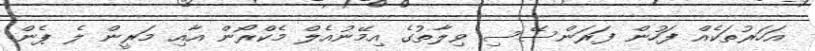
އަހަރުތަކެއް ފަހުން ފަރަންސޭސި ވިލާތުގެ އިމޭނުއެލް މެކްރޯން އާއި މަރީން ލެ ޕެން